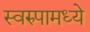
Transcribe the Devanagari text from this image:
स्वरुपामध्ये